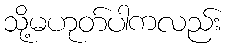
သို့မဟုတ်ပါကလည်း